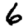
Digit: 6